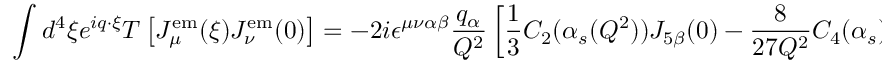
\int d ^ { 4 } \xi e ^ { i q \cdot \xi } T \left[ J _ { \mu } ^ { \mathrm { e m } } ( \xi ) J _ { \nu } ^ { \mathrm { e m } } ( 0 ) \right] = - 2 i \epsilon ^ { \mu \nu \alpha \beta } { \frac { q _ { \alpha } } { Q ^ { 2 } } } \left[ { \frac { 1 } { 3 } } C _ { 2 } ( \alpha _ { s } ( Q ^ { 2 } ) ) J _ { 5 \beta } ( 0 ) - { \frac { 8 } { 2 7 Q ^ { 2 } } } C _ { 4 } ( \alpha _ { s } ) O _ { 4 \beta } + . . . \right] ,